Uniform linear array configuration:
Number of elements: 12
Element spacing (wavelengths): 0.25
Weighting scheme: kaiser
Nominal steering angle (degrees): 30
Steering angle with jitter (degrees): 29.197
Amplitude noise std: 0.05
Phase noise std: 0.05

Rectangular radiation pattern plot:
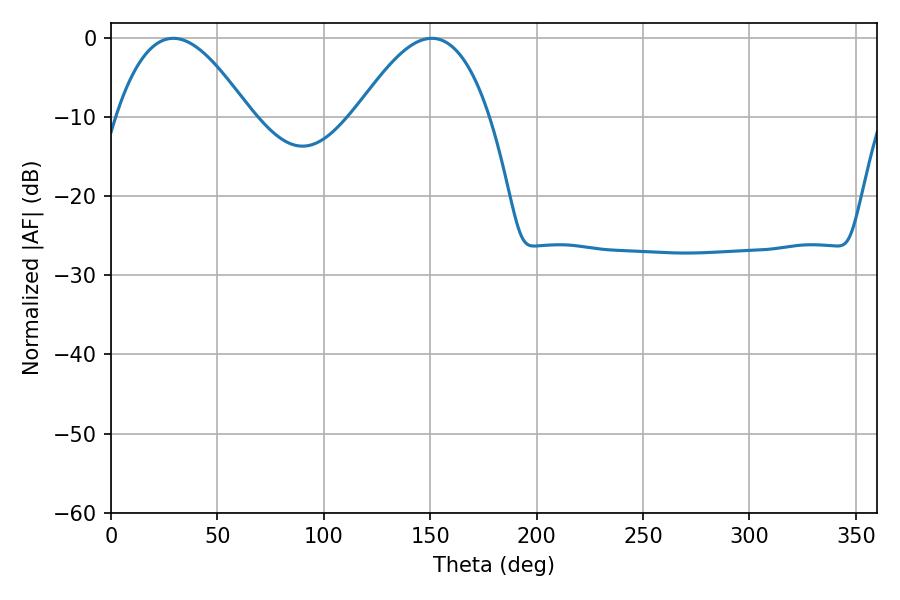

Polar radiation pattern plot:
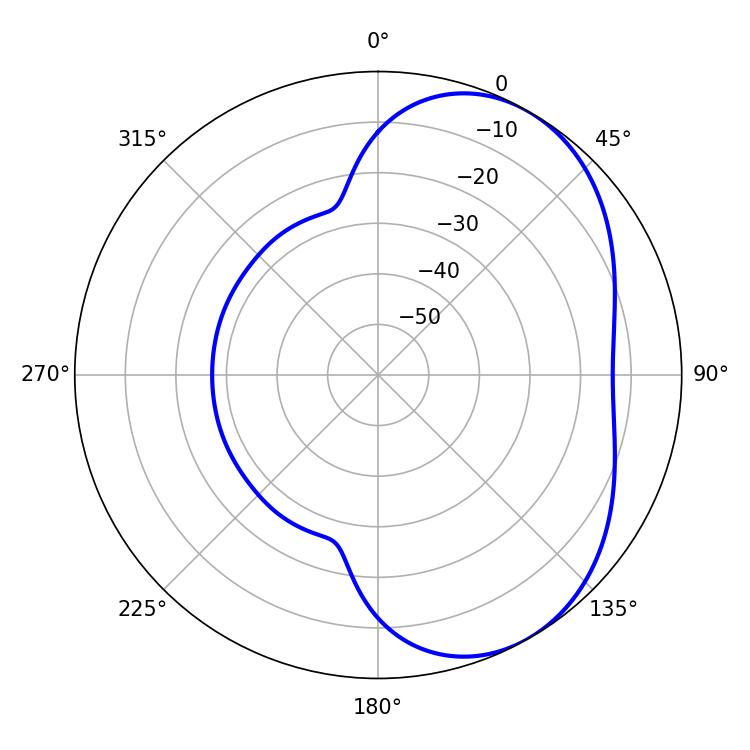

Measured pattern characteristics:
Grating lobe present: FALSE
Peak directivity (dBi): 4.586
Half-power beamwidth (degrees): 34.2
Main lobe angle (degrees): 29.34